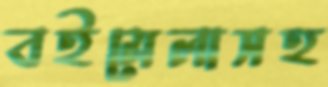
বইমেলাসহ